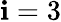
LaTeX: \mathbf{i}=3